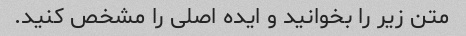
متن زیر را بخوانید و ایده اصلی را مشخص کنید.